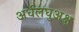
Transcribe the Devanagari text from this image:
अर्धलघुअक्ष